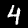
Label: 4